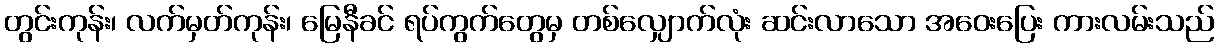
တွင်းကုန်း၊ လက်မှတ်ကုန်း၊ မြေနီခင် ရပ်ကွက်တွေမှ တစ်လျှောက်လုံး ဆင်းလာသော အဝေးပြေး ကားလမ်းသည်